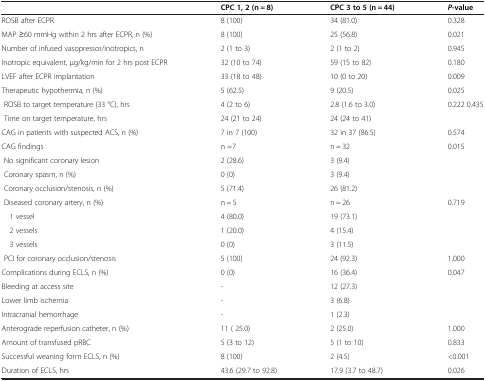
<table><thead><tr><td></td><td><b>CPC 1, 2 (n = 8)</b></td><td><b>CPC 3 to 5 (n = 44)</b></td><td><b><i>P</i>-value</b></td></tr></thead><tbody><tr><td>ROSB after ECPR</td><td>8 (100)</td><td>34 (81.0)</td><td>0.328</td></tr><tr><td>MAP ≥60 mmHg within 2 hrs after ECPR, n (%)</td><td>8 (100)</td><td>25 (56.8)</td><td>0.021</td></tr><tr><td>Number of infused vasopressor/inotropics, n</td><td>2 (1 to 3)</td><td>2 (1 to 2)</td><td>0.945</td></tr><tr><td>Inotropic equivalent, μg/kg/min for 2 hrs post ECPR</td><td>32 (10 to 74)</td><td>59 (15 to 82)</td><td>0.180</td></tr><tr><td>LVEF after ECPR implantation</td><td>33 (18 to 48)</td><td>10 (0 to 20)</td><td>0.009</td></tr><tr><td>Therapeutic hypothermia, n (%)</td><td>5 (62.5)</td><td>9 (20.5)</td><td>0.025</td></tr><tr><td> ROSB to target temperature (33 °C), hrs</td><td>4 (2 to 6)</td><td>2.8 (1.6 to 3.0)</td><td>0.222 0.435</td></tr><tr><td> Time on target temperature, hrs</td><td>24 (21 to 24)</td><td>24 (24 to 41)</td><td></td></tr><tr><td>CAG in patients with suspected ACS, n (%)</td><td>7 in 7 (100)</td><td>32 in 37 (86.5)</td><td>0.574</td></tr><tr><td>CAG findings</td><td>n =7</td><td>n = 32</td><td>0.015</td></tr><tr><td> No significant coronary lesion</td><td>2 (28.6)</td><td>3 (9.4)</td><td></td></tr><tr><td> Coronary spasm, n (%)</td><td>0 (0)</td><td>3 (9.4)</td><td></td></tr><tr><td> Coronary occlusion/stenosis, n (%)</td><td>5 (71.4)</td><td>26 (81.2)</td><td></td></tr><tr><td> Diseased coronary artery, n (%)</td><td>n = 5</td><td>n = 26</td><td>0.719</td></tr><tr><td> 1 vessel</td><td>4 (80.0)</td><td>19 (73.1)</td><td></td></tr><tr><td> 2 vessels</td><td>1 (20.0)</td><td>4 (15.4)</td><td></td></tr><tr><td> 3 vessels</td><td>0 (0)</td><td>3 (11.5)</td><td></td></tr><tr><td> PCI for coronary occlusion/stenosis</td><td>5 (100)</td><td>24 (92.3)</td><td>1.000</td></tr><tr><td>Complications during ECLS, n (%)</td><td>0 (0)</td><td>16 (36.4)</td><td>0.047</td></tr><tr><td>Bleeding at access site</td><td>-</td><td>12 (27.3)</td><td></td></tr><tr><td>Lower limb ischemia</td><td>-</td><td>3 (6.8)</td><td></td></tr><tr><td>Intracranial hemorrhage</td><td>-</td><td>1 (2.3)</td><td></td></tr><tr><td>Anterograde reperfusion catheter, n (%)</td><td>11 ( 25.0)</td><td>2 (25.0)</td><td>1.000</td></tr><tr><td>Amount of transfused pRBC</td><td>5 (3 to 12)</td><td>5 (1 to 10)</td><td>0.833</td></tr><tr><td>Successful weaning form ECLS, n (%)</td><td>8 (100)</td><td>2 (4.5)</td><td>&lt;0.001</td></tr><tr><td>Duration of ECLS, hrs</td><td>43.6 (29.7 to 92.8)</td><td>17.9 (3.7 to 48.7)</td><td>0.026</td></tr></tbody></table>